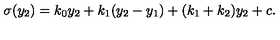
\sigma ( y _ { 2 } ) = k _ { 0 } y _ { 2 } + k _ { 1 } ( y _ { 2 } - y _ { 1 } ) + ( k _ { 1 } + k _ { 2 } ) y _ { 2 } + c . \,